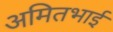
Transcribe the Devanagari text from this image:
अमितभाई